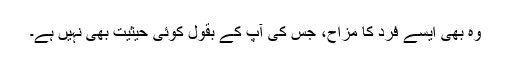
وہ بھی ایسے فرد کا مزاح، جس کی آپ کے بقول کوئی حیثیت بھی نہیں ہے۔